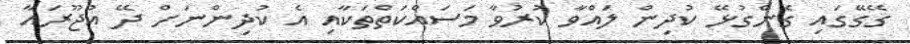
ގޭގޭގައި ގެންގުޅޭ ކުދިން ލައްވާ ކުރުވާ މަސައްކަތްތަކާއި އެ ކުދިންނަށް ދޭ އުޖޫރައާ